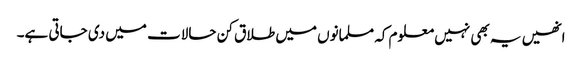
انھیں یہ بھی نہیں معلوم کہ مسلمانوں میں طلاق کن حالات میں دی جاتی ہے۔